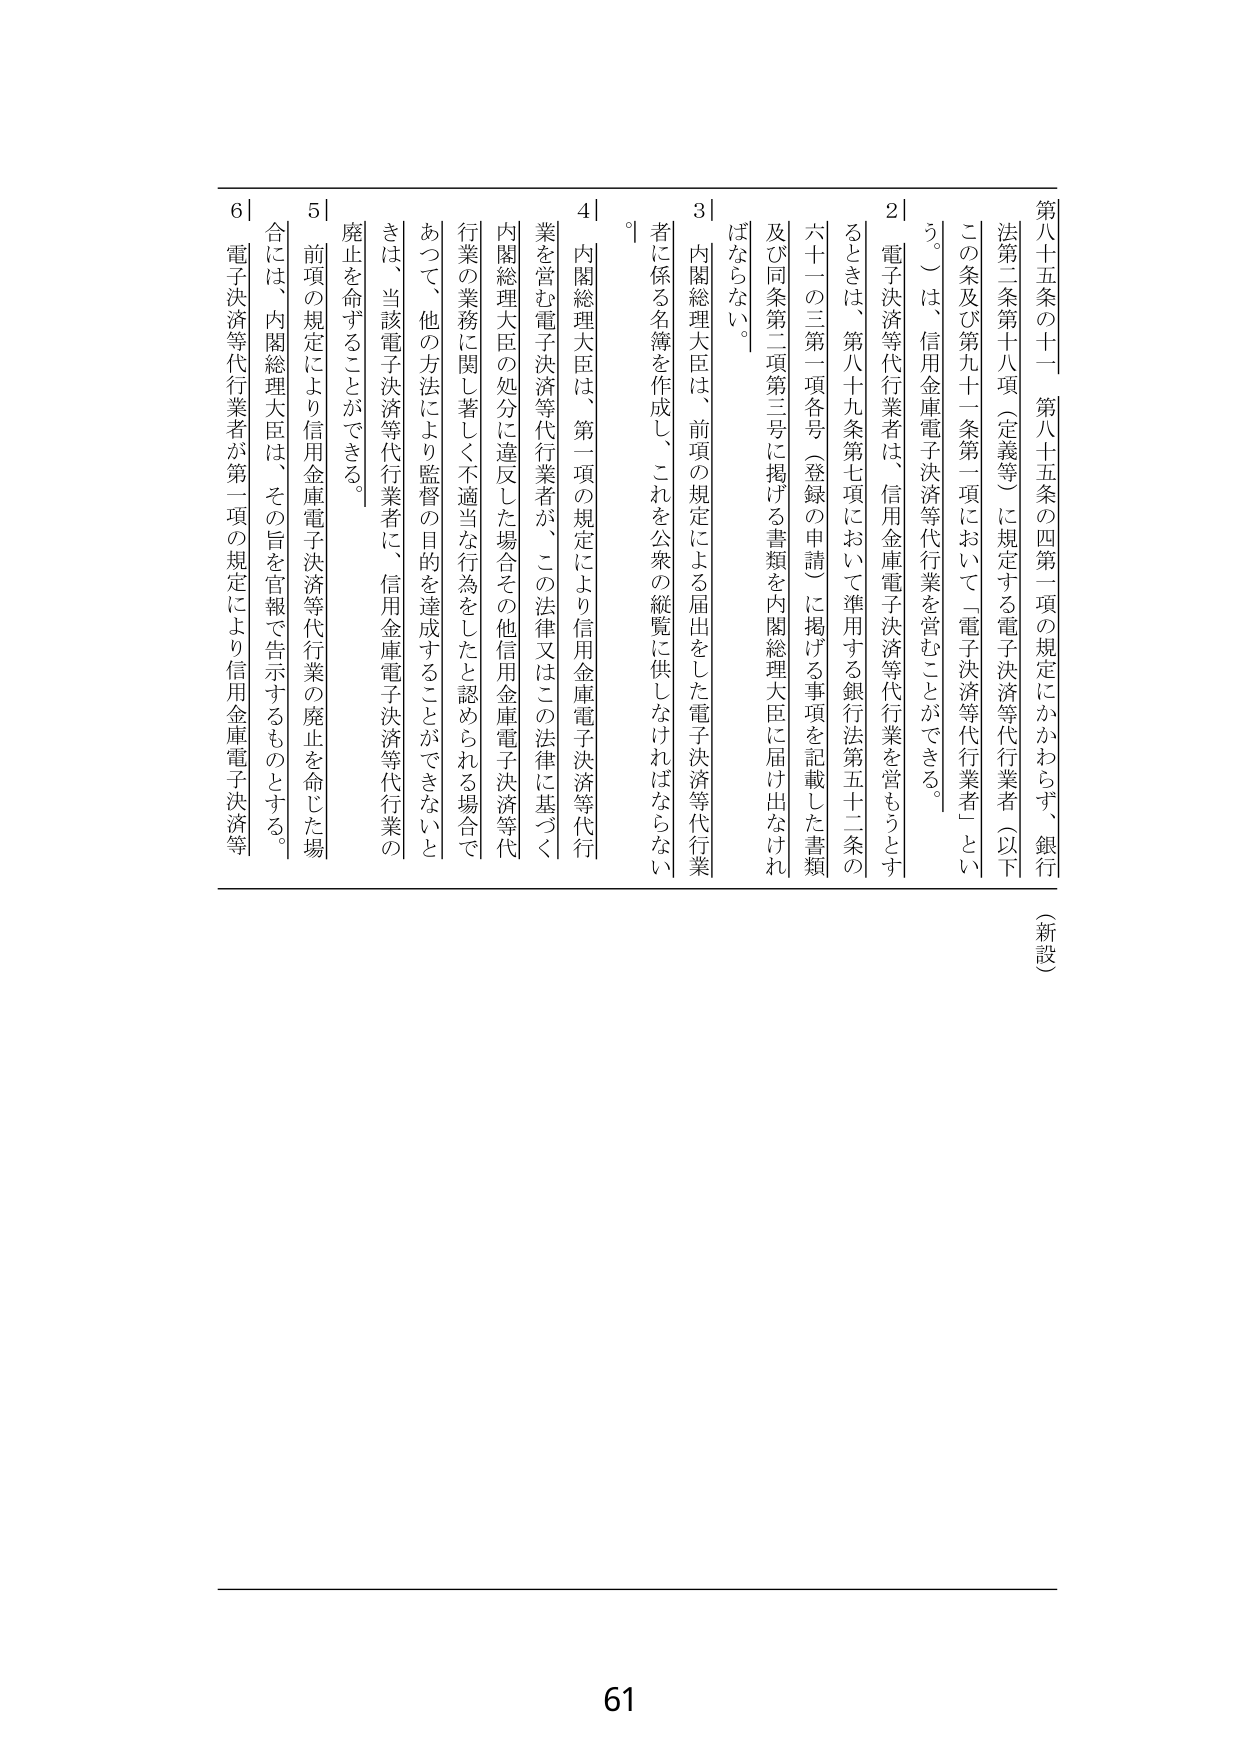
第八十五条の十一 第八十五条の四第一項の規定にかかわらず、銀行法第二条第十八項（定義等）に規定する電子決済等代行業者（以下この条及び第九十一条第一項において「電子決済等代行業者」という。）は、信用金庫電子決済等代行業を営むことができる。

２ 電子決済等代行業者は、信用金庫電子決済等代行業を営もうとするときは、第八十九条第七項において準用する銀行法第五十二条の六十一の三第一項各号（登録の申請）に掲げる事項を記載した書類及び同条第二項第三号に掲げる書類を内閣総理大臣に届け出なければならない。

３ 内閣総理大臣は、前項の規定による届出をした電子決済等代行業者に係る名簿を作成し、これを公衆の縦覧に供しなければならない。

４ 内閣総理大臣は、第一項の規定により信用金庫電子決済等代行業を営む電子決済等代行業者が、この法律又はこの法律に基づく内閣総理大臣の処分に違反した場合その他信用金庫電子決済等代行業の業務に関して著しく不適当な行為をしたと認められる場合であつて、他の方法により監督の目的を達成することができないとときは、当該電子決済等代行業者に、信用金庫電子決済等代行業の廃止を命ずることができる。

５ 前項の規定により信用金庫電子決済等代行業の廃止を命じた場合には、内閣総理大臣は、その旨を官報で告示するものとする。

６ 電子決済等代行業者が第一項の規定により信用金庫電子決済等

（新設）

61